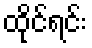
ထိုင်ရင်း